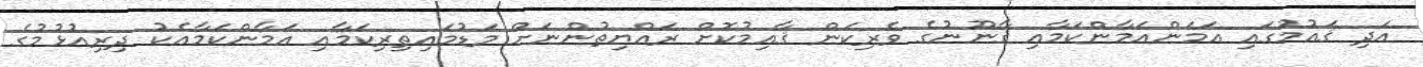
އަދި ޤައުމުގައި އަމަންއަމާންކަމާއި ޤާނޫނުގެ ވެރިކަން ޤާއިމުކޮށް ރައްޔިތުންނަށް މަޑުމައިތިރިކަމާއި އަމާންކަމާއެކު ދިރިއުޅުމުގެ